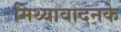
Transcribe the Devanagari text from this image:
मिथ्यावादनके